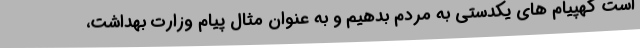
است کهپیام های یکدستی به مردم بدهیم و به عنوان مثال پیام وزارت بهداشت،